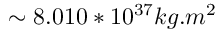
\sim 8 . 0 1 0 * 1 0 ^ { 3 7 } k g . m ^ { 2 }